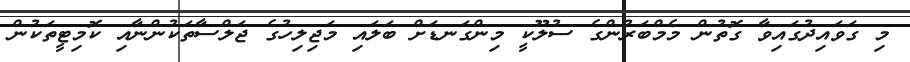
މި ގަވައިދުގައިވާ ގޮތުން މެމްބަރުންގެ ސުލޫކީ މިންގަނޑަށް ބަލައި މަޖިލިހުގެ ޖަލްސާތަކުންނާއި ކޮމިޓީތަކުން